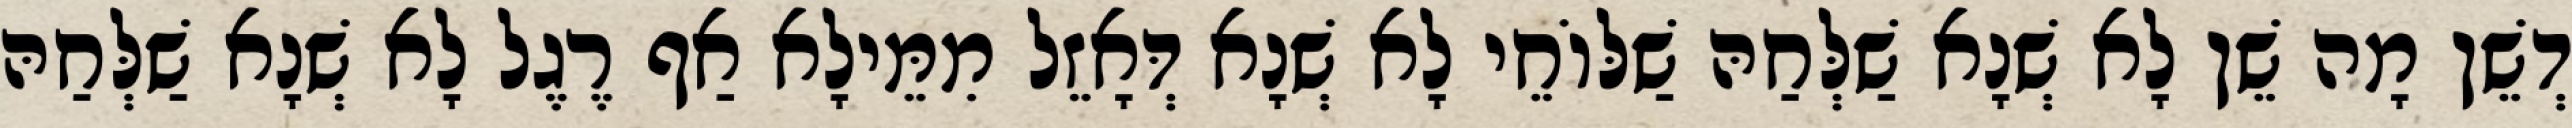
דְשֵׁן מָה שֵׁן לָא שְׁנָא שַׁלְּחַהּ שַׁלּוֹחֵי לָא שְׁנָא דְּאָזֵל מִמֵּילָא אַף רֶגֶל לָא שְׁנָא שַׁלְּחַהּ